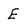
Character: E